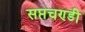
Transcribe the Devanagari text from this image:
सप्तचण्डी